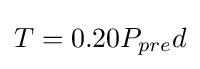
T=0.20P_{pre}d